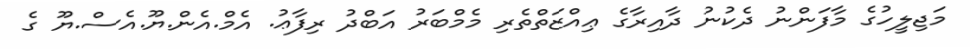
މަޖިލީހުގެ މާފަންނު ދެކުނު ދާއިރާގެ ޢިއްޒަތްތެރި މެމްބަރު އަބްދު ރިފާޢު. އެމް.އެން.ޔޫ.އެސް.ޔޫ ގެ